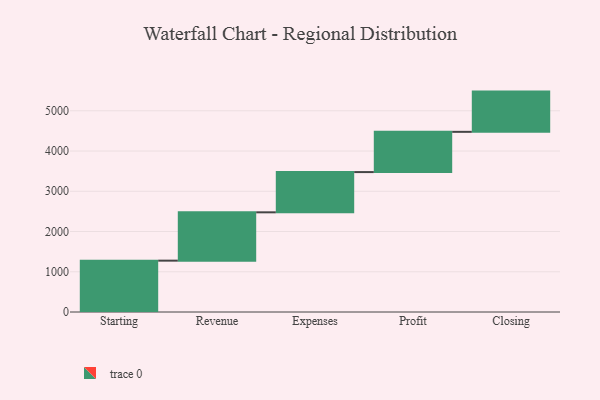
{"axis": {"x": "Step", "y": "Value"}, "legend": [""], "data": [{"x": "Starting", "y": 1276.0, "type": ""}, {"x": "Revenue", "y": 1201.0, "type": ""}, {"x": "Expenses", "y": 1000, "type": ""}, {"x": "Profit", "y": 1000, "type": ""}, {"x": "Closing", "y": 1000, "type": ""}]}